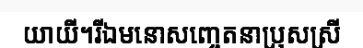
យាយី។រីឯមនោសញ្ចេតនាប្រុសស្រី